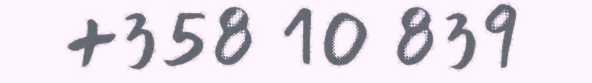
+358 10 839